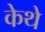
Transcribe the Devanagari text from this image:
केथे